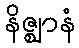
နိဇ္ဈာနံ